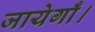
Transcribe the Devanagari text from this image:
जायेगाँ।